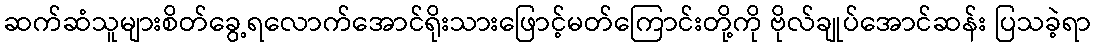
ဆက်ဆံသူများစိတ်ခွေ့ရလောက်အောင်ရိုးသားဖြောင့်မတ်ကြောင်းတို့ကို ဗိုလ်ချုပ်အောင်ဆန်း ပြသခဲ့ရာ